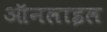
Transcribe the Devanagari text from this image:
ऑनलाइल